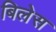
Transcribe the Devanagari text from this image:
बिलेस